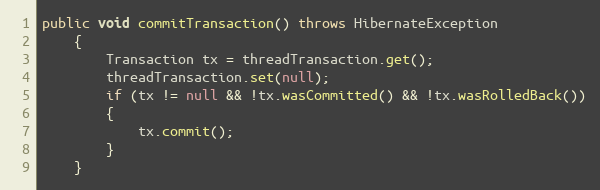
Language: Java
public void commitTransaction() throws HibernateException
    {
        Transaction tx = threadTransaction.get();
        threadTransaction.set(null);
        if (tx != null && !tx.wasCommitted() && !tx.wasRolledBack())
        {
            tx.commit();
        }
    }